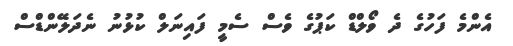
އެންމެ ފަހުގެ ދެ ވޯލްޑް ކަޕުގެ ވެސް ސެމީ ފައިނަލް ކުޅުނު ނެދަލޭންޑްސް